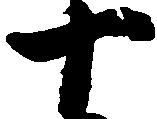
十